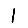
Digit: 1